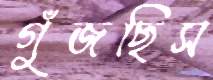
গুঁজছিস